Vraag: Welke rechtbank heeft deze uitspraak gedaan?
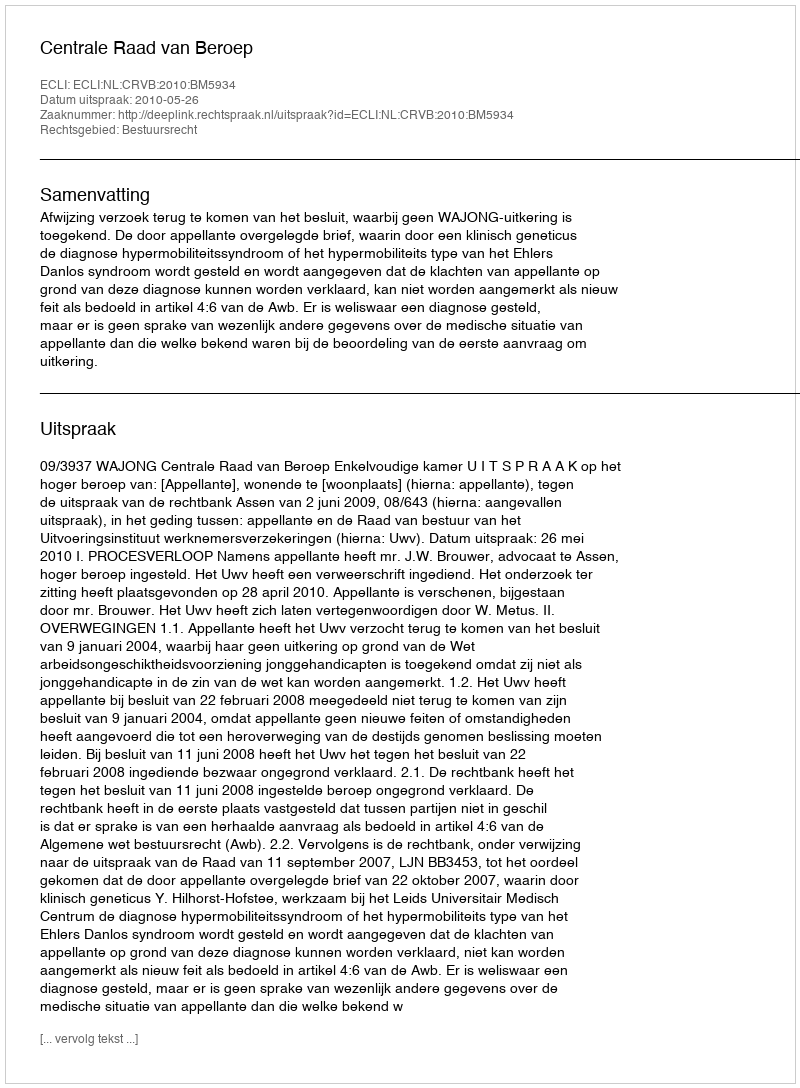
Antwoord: Centrale Raad van Beroep